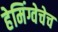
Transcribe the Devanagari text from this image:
हेमिंग्वेचेच